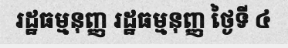
រដ្ឋធម្មនុញ្ញ រដ្ឋធម្មនុញ្ញ ថ្ងៃទី ៤